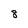
Character: 8